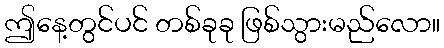
ဤနေ့တွင်ပင် တစ်ခုခု ဖြစ်သွားမည်လော။